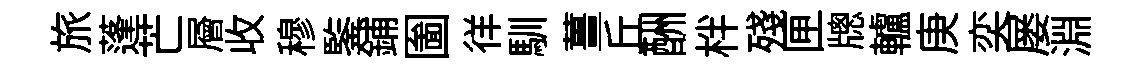
旅蓬芒層收穆鍳鋪圗徉馴薑丘酬柈殘匣牕轤庚奕屡淵